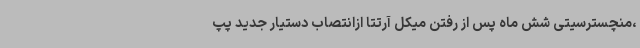
،منچسترسیتی شش ماه پس از رفتن میکل آرتتا ازانتصاب دستیار جدید پپ